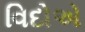
વિદોએ